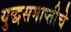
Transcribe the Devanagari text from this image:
युद्धसमाप्तीचे